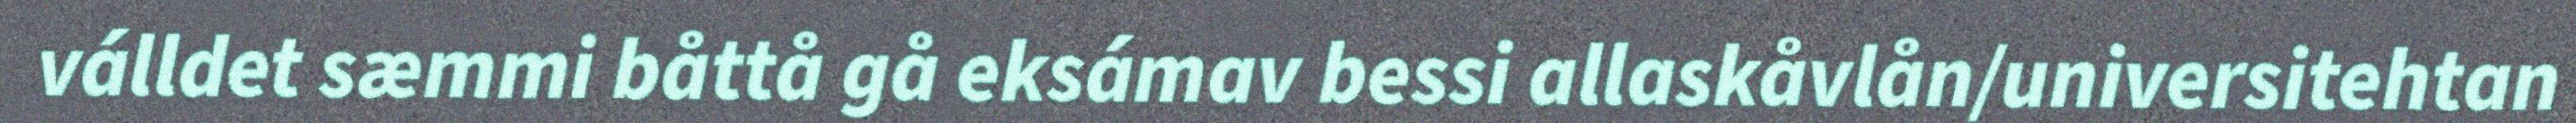
válldet sæmmi båttå gå eksámav bessi allaskåvlån/universitehtan